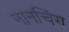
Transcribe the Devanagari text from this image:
नानचिंग